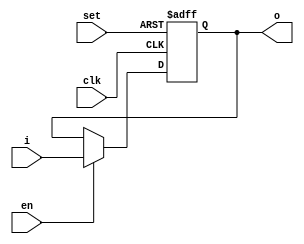
// 2003009

module dff(
  input wire clk, set, en,
  input wire [4:0] i,
  output wire [4:0] o
);
  reg [4:0] o_reg;
  wire [4:0] o_next;
  always @(posedge clk, posedge set)
  begin
    if (set)
      o_reg <= 5'b1111;
    else if (en)
      o_reg <= o_next;
  end
  assign o_next = i;
  assign o = o_reg;

endmodule